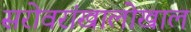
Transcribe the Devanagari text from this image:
सरोवरांखालोखाल